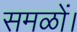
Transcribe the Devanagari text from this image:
समळों।